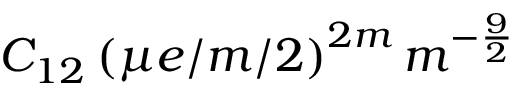
C _ { 1 2 } \left( \mu e / m / 2 \right) ^ { 2 m } m ^ { - \frac { 9 } { 2 } }